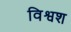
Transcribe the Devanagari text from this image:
विश्वश